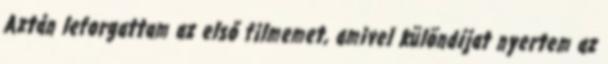
Aztán leforgattam az első filmemet, amivel különdíjat nyertem az